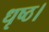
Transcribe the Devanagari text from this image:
धृष्ठ।